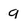
Character: g